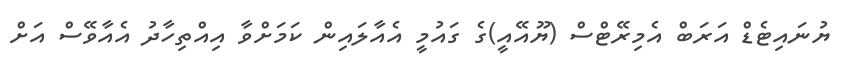
ޔުނައިޓެޑް އަރަބް އެމިރޭޓްސް (ޔޫއޭއީ)ގެ ގައުމީ އެއާލައިން ކަމަށްވާ އިއްތިހާދު އެއާވޭސް އަށް